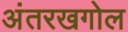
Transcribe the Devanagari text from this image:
अंतरखगोल